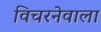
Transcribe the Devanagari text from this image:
विचरनेवाला